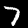
Label: 7